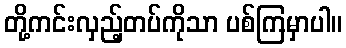
တို့ကင်းလှည့်တပ်ကိုသာ ပစ်ကြမှာပါ။